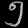
Digit: ၅